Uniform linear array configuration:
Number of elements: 64
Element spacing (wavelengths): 0.25
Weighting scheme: hann
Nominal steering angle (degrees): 0
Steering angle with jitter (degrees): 1.497
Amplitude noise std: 0.05
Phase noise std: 0.05

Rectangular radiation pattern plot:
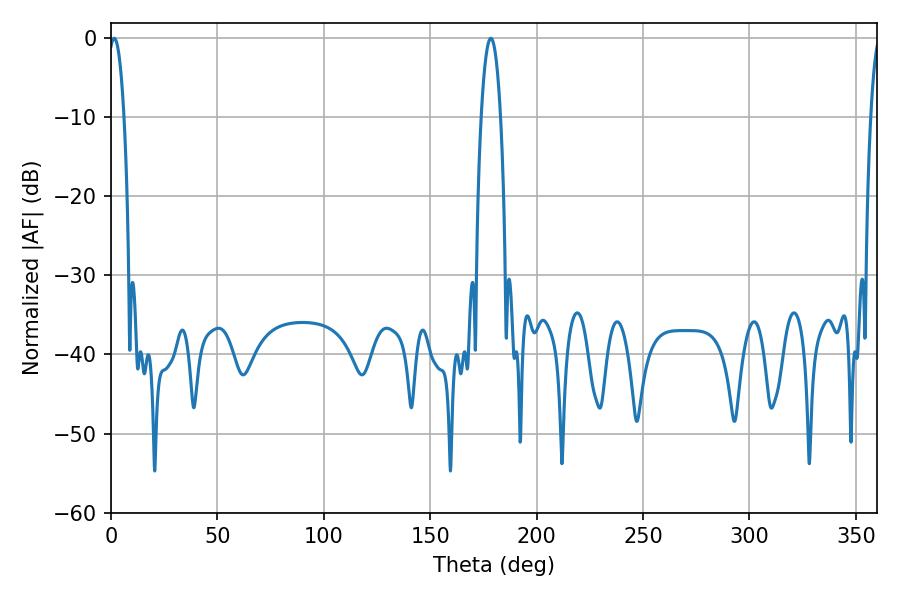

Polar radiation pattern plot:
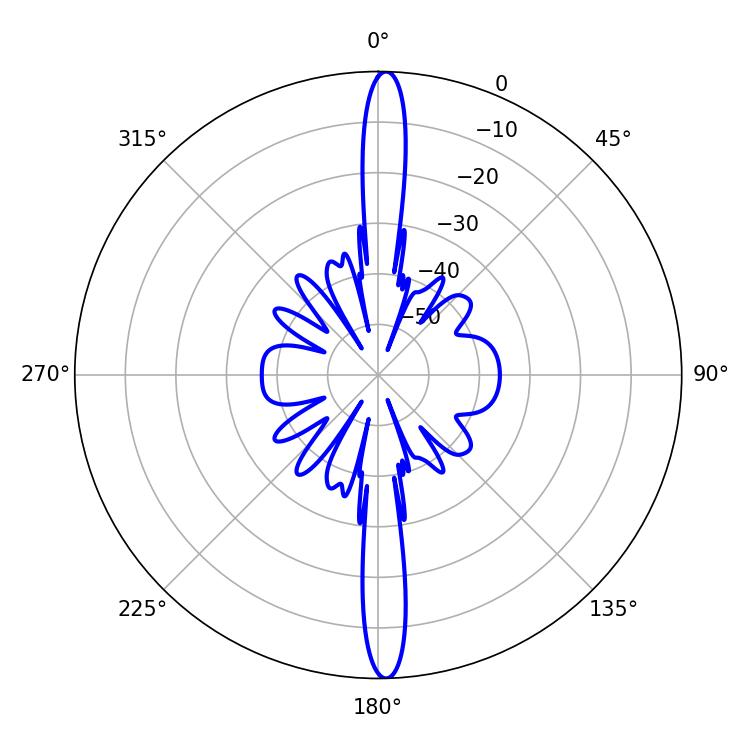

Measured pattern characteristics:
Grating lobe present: FALSE
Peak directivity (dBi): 25.961
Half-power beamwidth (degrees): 3.96
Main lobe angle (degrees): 1.44